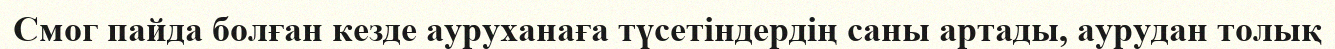
Смог пайда болған кезде ауруханаға түсетіндердің саны артады, аурудан толық